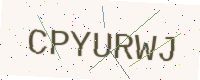
Text: CPYURWJ